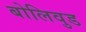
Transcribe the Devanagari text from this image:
बोलिवुड